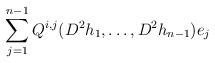
LaTeX: \begin{align*}\sum_{j=1}^{n-1} Q^{i,j}(D^2 h_{1},\ldots,D^2 h_{n-1}) e_j \end{align*}